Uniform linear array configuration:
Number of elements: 12
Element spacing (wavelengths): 0.5
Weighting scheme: uniform
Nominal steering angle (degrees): -15
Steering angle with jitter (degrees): -14.276
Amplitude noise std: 0.05
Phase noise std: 0.05

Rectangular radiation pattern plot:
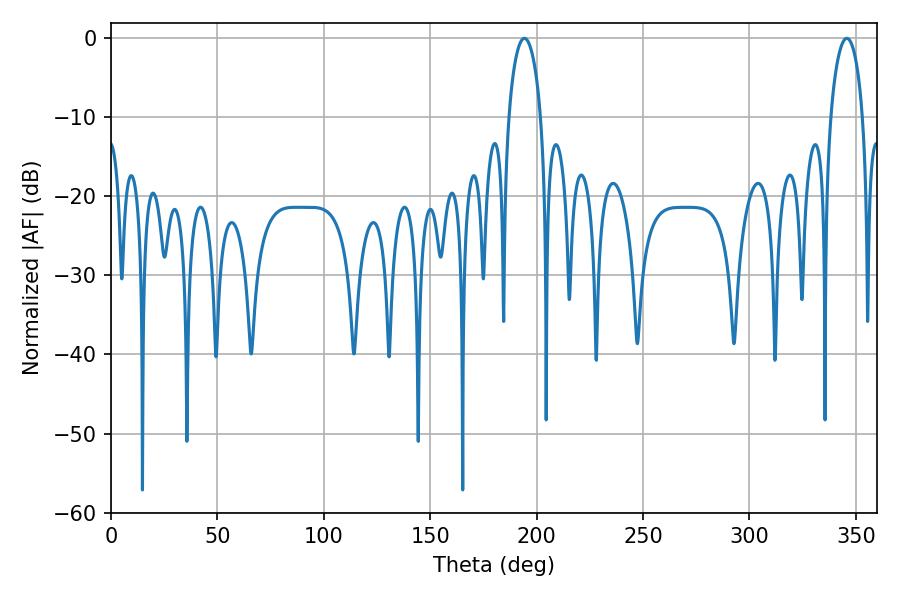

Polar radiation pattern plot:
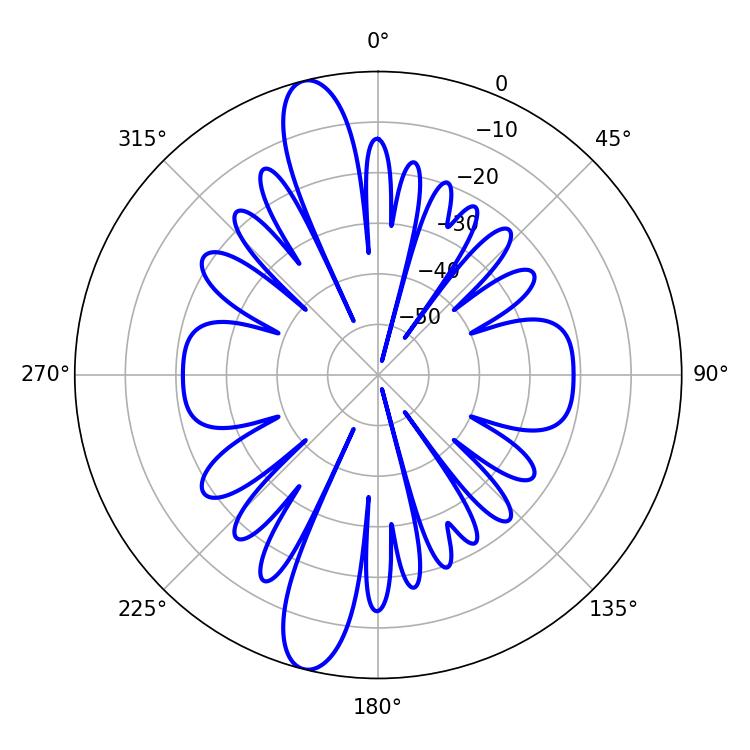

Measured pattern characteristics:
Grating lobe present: FALSE
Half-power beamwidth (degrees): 8.64
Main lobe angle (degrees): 194.22